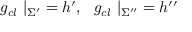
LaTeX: g _ { c l } ~ | _ { \Sigma ^ { \prime } } = h ^ { \prime } , ~ ~ g _ { c l } ~ | _ { \Sigma ^ { \prime \prime } } = h ^ { \prime \prime }